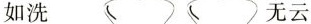
如洗 无云